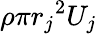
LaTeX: \rho\pi{r_{j}}^{2}U_{j}